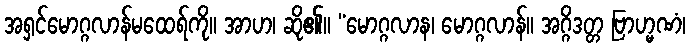
အရှင်မောဂ္ဂလာန်မထေရ်ကို။ အာဟ၊ ဆို၏။ “မောဂ္ဂလာန၊ မောဂ္ဂလာန်။ အဂ္ဂိဒတ္တ ဗြာဟ္မဏံ၊